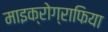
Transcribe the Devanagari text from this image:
माइक्रोग्राफिया